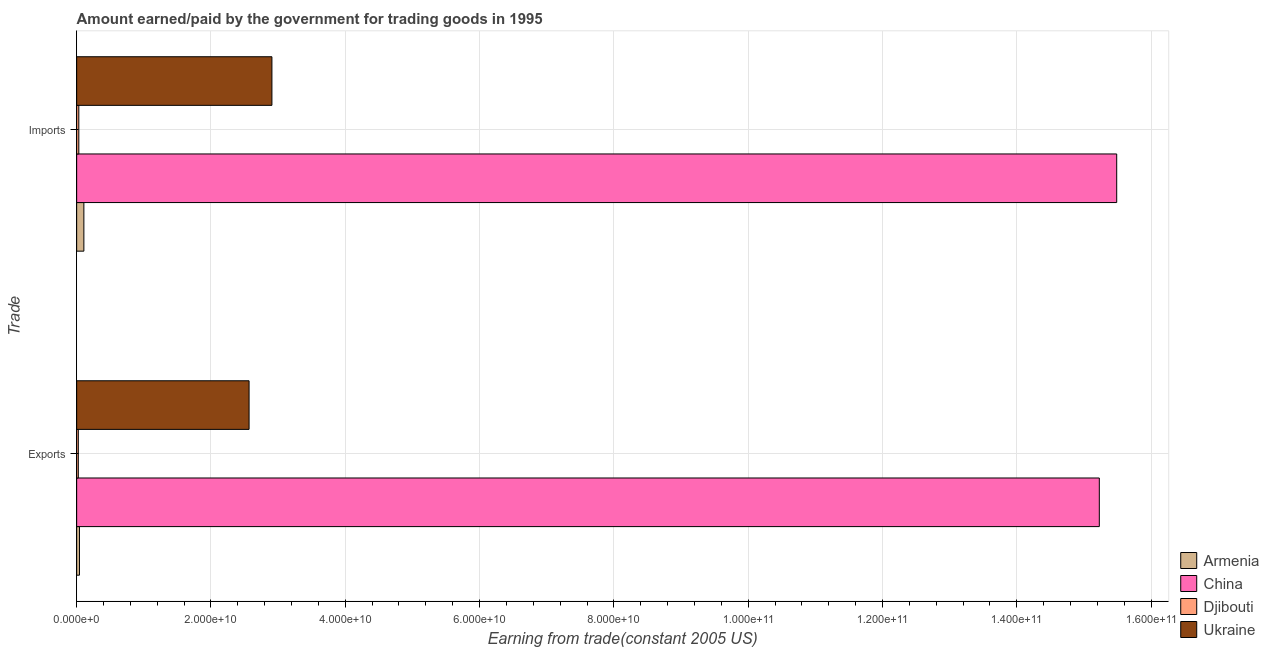
| Trade | Armenia | China | Djibouti | Ukraine |
 | --- | --- | --- | --- | --- |
 | Exports | 4.17e+08 | 1.52e+11 | 2.45e+08 | 2.57e+10 |
 | Imports | 1.07e+09 | 1.55e+11 | 3.21e+08 | 2.91e+10 |